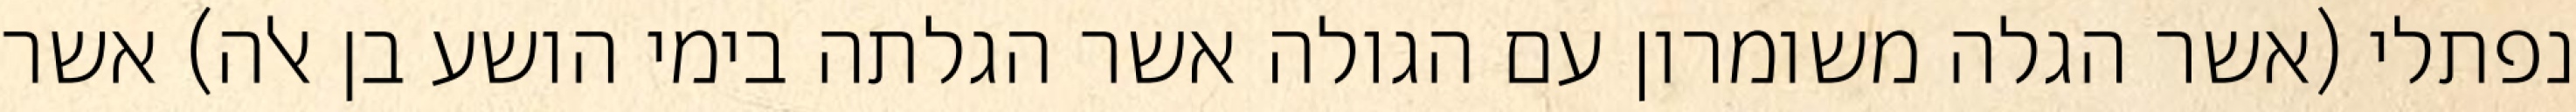
נפתלי (אשר הגלה משומרון עם הגולה אשר הגלתה בימי הושע בן אלה) אשר